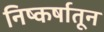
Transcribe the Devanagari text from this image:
निष्कर्षातून